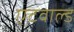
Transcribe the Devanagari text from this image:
एटवाल्ड